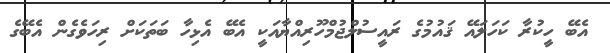
އެބޭ ހީކުރާ ކަހަލައޭ ޤައުމުގެ ރައީސުލްޖުމްހޫރިއްޔާއަކީ އެބޭ އެޅިހާ ބަތަކަށް ރިހަވެގެން އެބޭގެ